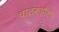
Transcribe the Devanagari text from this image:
चालकांपैकी